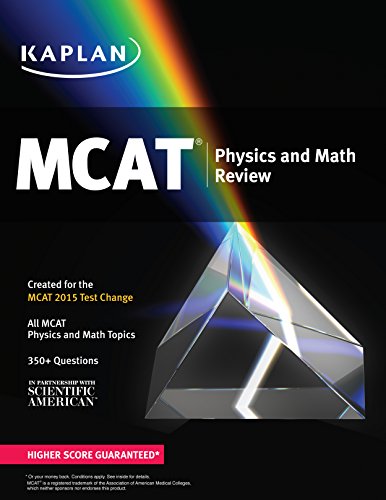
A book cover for Kaplan MCAT Physics and Math Review: Created for MCAT 2015 (Kaplan Test Prep); Kaplan; Test Preparation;